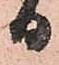
日